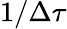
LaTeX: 1/\Delta\tau